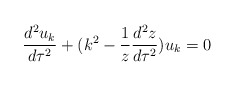
\begin{align*}\frac{d^2u_k}{d\tau^2}+(k^2-\frac{1}{z}\frac{d^2z}{d\tau^2})u_k=0\end{align*}